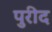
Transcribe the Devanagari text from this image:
पुरीद